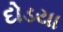
દોડયા